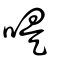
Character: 㖷